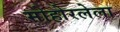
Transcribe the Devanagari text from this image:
मोहोरलेला